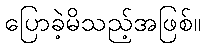
ပြောခဲ့မိသည့်အဖြစ်။